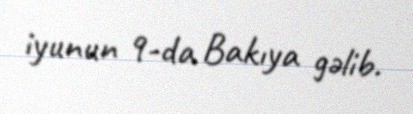
iyunun 9-da Bakıya gəlib.